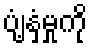
ပျံ့နှံ့မှုကို